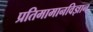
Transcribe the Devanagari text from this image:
प्रतिमामानविज्ञान